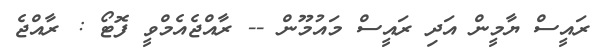
ރައީސް ޔާމީން އަދި ރައީސް މައުމޫން -- ރާއްޖެއެމްވީ ފޮޓޯ : ރާއްޖެ